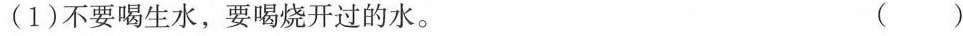
(1)不要喝生水，要喝烧开过的水。 ()